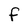
Character: F